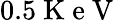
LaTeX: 0.5\mathrm{~K~e~V~}